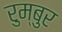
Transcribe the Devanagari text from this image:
रुम्बुर